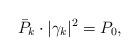
LaTeX: \begin{align*}\bar{P}_k \cdot |\gamma_k|^2=P_0,\end{align*}